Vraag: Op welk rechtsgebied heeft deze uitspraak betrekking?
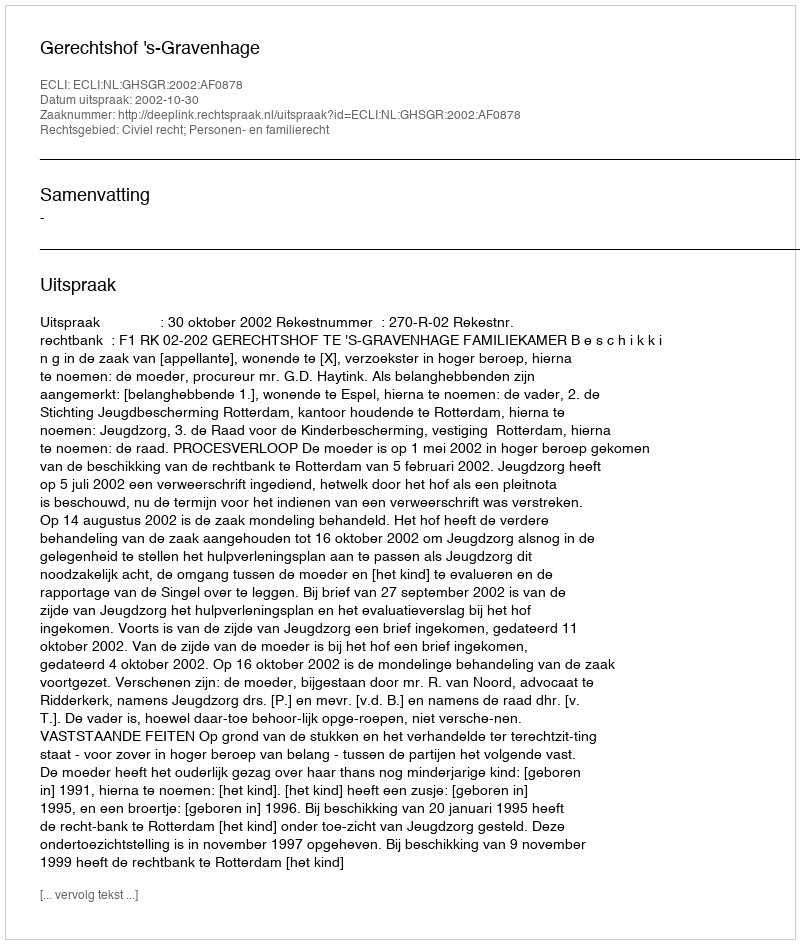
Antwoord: Civiel recht; Personen- en familierecht